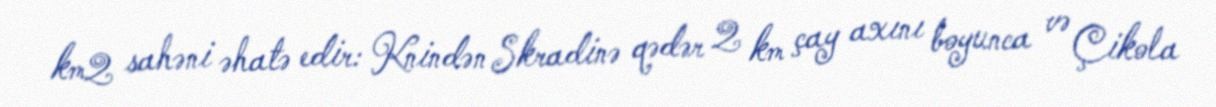
km2 sahəni əhatə edir: Knindən Skradinə qədər 2 km çay axını boyunca və Çikola